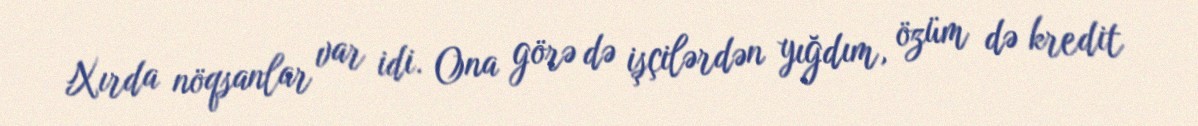
Xırda nöqsanlar var idi. Ona görə də işçilərdən yığdım, özüm də kredit